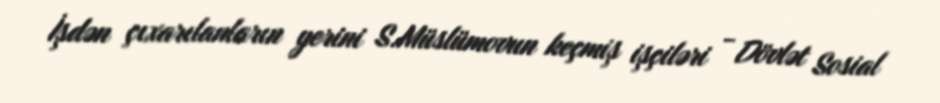
İşdən çıxarılanların yerini S.Müslümovun keçmiş işçiləri - Dövlət Sosial